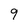
Character: 9